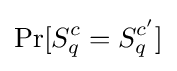
\Pr[S_{q}^{c}=S_{q}^{c'}]